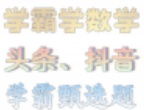
学霸学数学
头条、抖音
学霸题选题